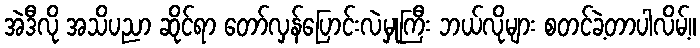
အဲဒီလို အသိပညာ ဆိုင်ရာ တော်လှန်ပြောင်းလဲမှုကြီး ဘယ်လိုများ စတင်ခဲ့တာပါလိမ့်။